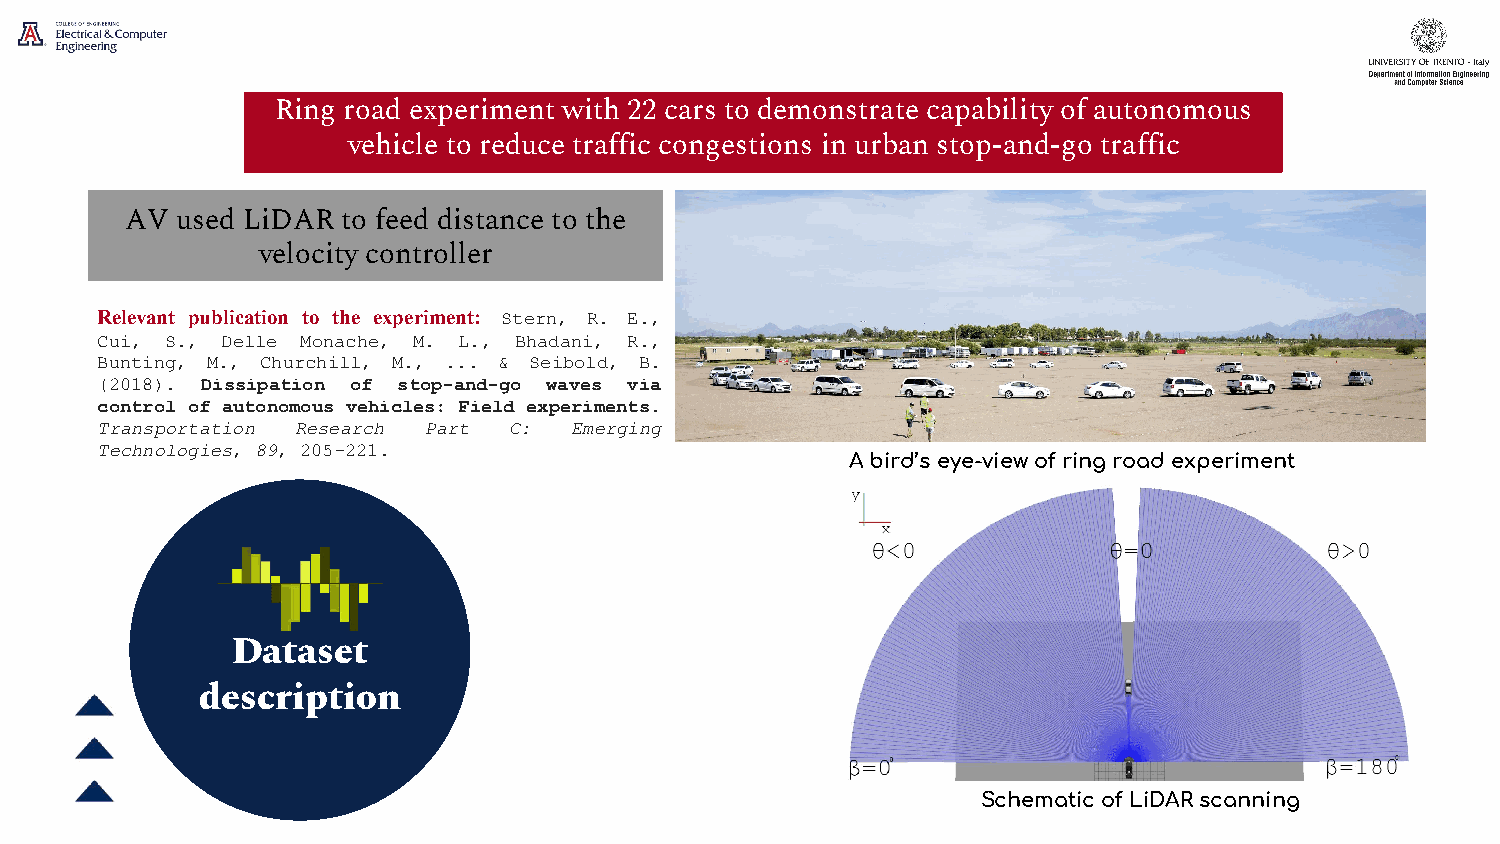
Ring road experiment with 22 cars to demonstrate capability of autonomous
 vehicle to reduce traffic congestions in urban stop-and-go traffic
 AV  used LiDAR to feed distance to the
 velocity controller
 Relevant publication to the experiment: Stern, R. E.,
 Cui, S., Delle Monache, M. L., Bhadani, R.,
 Bunting, M., Churchill, M., ... & Seibold, B.
 (2018). Dissipation of stop-and-go waves via
 control of autonomous vehicles: Field experiments.
 Transportation Research Part C: Emerging
 Technologies, 89, 205-221.
 A bird’s eye-view of ring road experiment
 Dataset
 description
 Schematic of LiDAR scanning